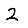
Digit: 2